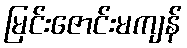
မြင်းဇောင်းမကျန်